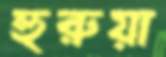
হুরুয়া